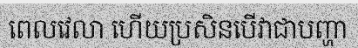
ពេលវេលា ហើយប្រសិនបើវាជាបញ្ហា